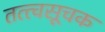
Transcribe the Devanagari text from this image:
तत्त्वसूचक